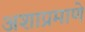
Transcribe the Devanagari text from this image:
अशाप्रमाणे